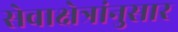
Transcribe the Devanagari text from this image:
सेवाक्षेत्रांनुसार